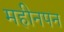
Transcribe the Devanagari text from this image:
महीनपन